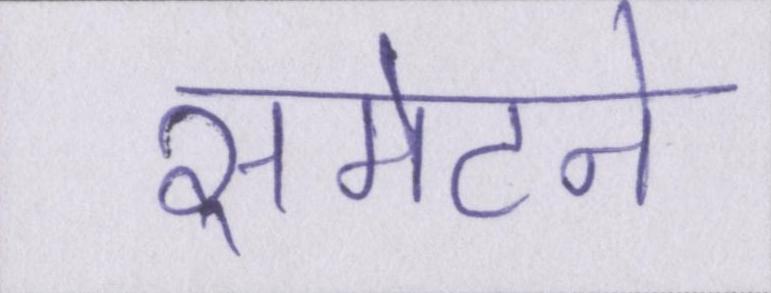
समेटने